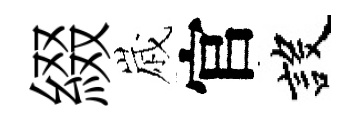
綴𡻕官設